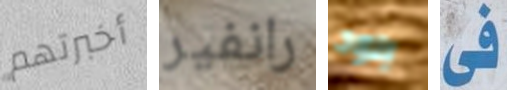
أخبرتهم رانفير بلود فى